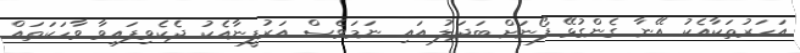
އަހަރުތަކާއެކު އޭނާ ގެންގުޅޭ ފޯނަށް ބަދަލު އައި ނަމަވެސް އަރުފީނާއެކު ދެކެވިފައިވާ ވާހަކަތައް